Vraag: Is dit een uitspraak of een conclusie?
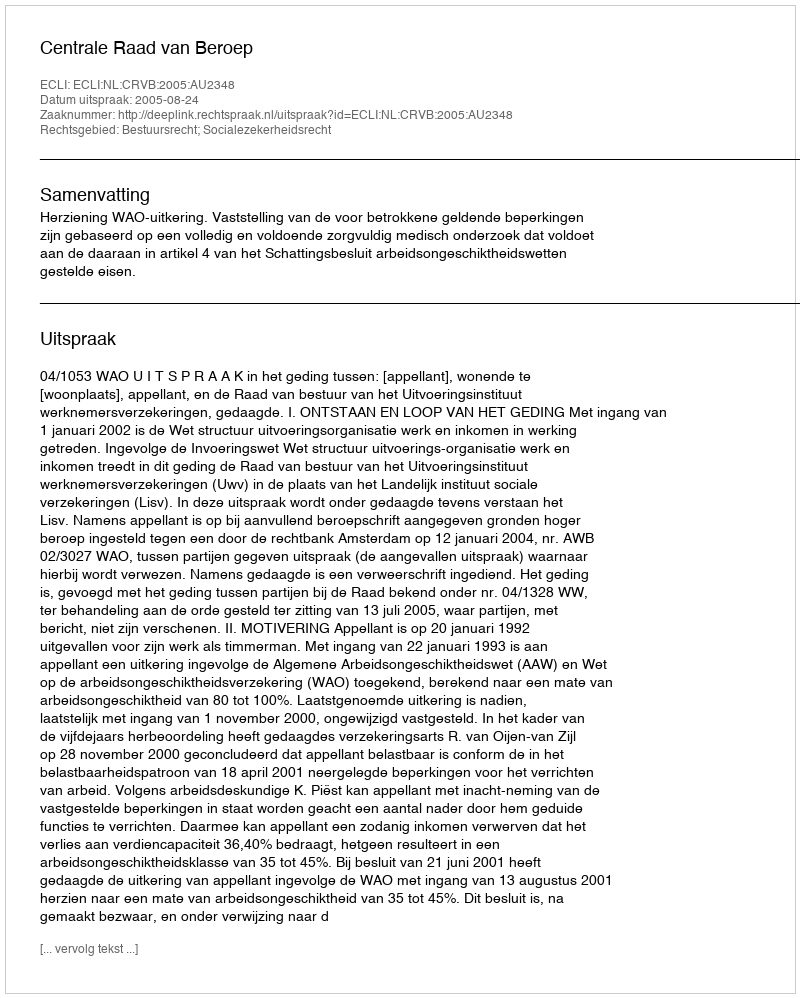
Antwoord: Uitspraak